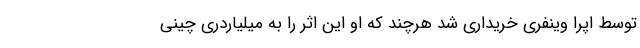
توسط اپرا وینفری خریداری شد هرچند که او این اثر را به میلیاردری چینی